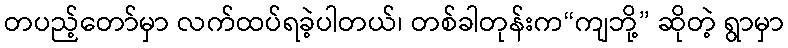
တပည့်တော်မှာ လက်ထပ်ရခဲ့ပါတယ်၊ တစ်ခါတုန်းက“ကျဘို့” ဆိုတဲ့ ရွာမှာ